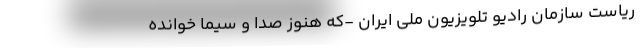
ریاست سازمان رادیو تلویزیون ملی ایران -که هنوز صدا و سیما خوانده